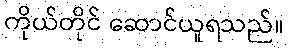
ကိုယ်တိုင် ဆောင်ယူရသည်။